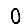
Digit: 0